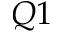
Q 1